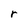
Character: r